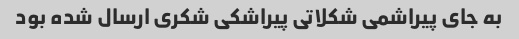
به جای پیراشمی شکلاتی پیراشکی شکری ارسال شده بود